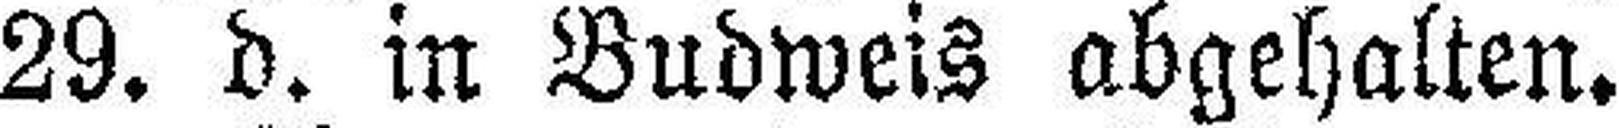
29. d. in Budweis abgehalten.